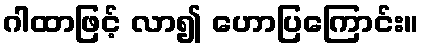
ဂါထာဖြင့် လာ၍ ဟောပြကြောင်း။